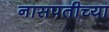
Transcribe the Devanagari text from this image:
नासपतीच्या